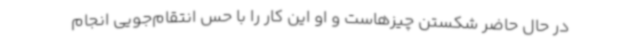
در حال حاضر شکستن چیزهاست و او این کار را با حس انتقام‌جویی انجام